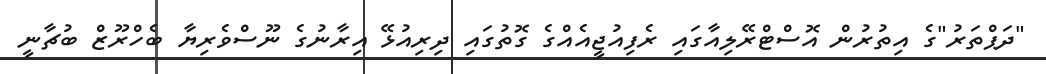
"ދަޕްތަރު"ގެ އިތުރުން އޮސްޓްރޭލިއާގައި ރެފިއުޖީއެއްގެ ގޮތުގައި ދިރިއުޅޭ އިރާނުގެ ނޫސްވެރިޔާ ބެހްރޫޒް ބުޗާނީ